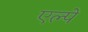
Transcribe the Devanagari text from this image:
एल्पे